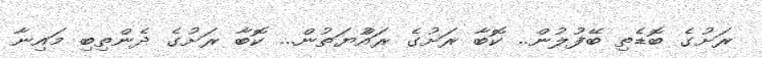
ރަށުގެ ބޮޑެތި ބޭފުލުން.. ކޮބާ ރަށުގެ ރައްުޔަތުން... ކޮބާ ރަށުގެ ދެންތިބި މައިނާ